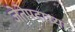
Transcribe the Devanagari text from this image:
जेतेपदाच्या